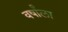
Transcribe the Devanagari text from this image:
वर्षांला